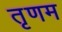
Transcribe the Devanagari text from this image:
तृणम